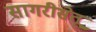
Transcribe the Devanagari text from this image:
सागरीसेतू